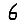
Digit: 6